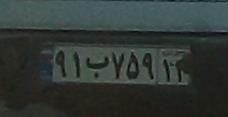
۹۱ب۷۵۹۱۴